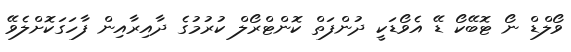
ވޯލްޑް ނޯ ޓޮބޭކޯ ޑޭ އެވޯޑަކީ ދުންފަތް ކޮންޓްރޯލް ކުރުމުގެ ދާއިރާއިން ފާހަގަކޮށްލެވޭ